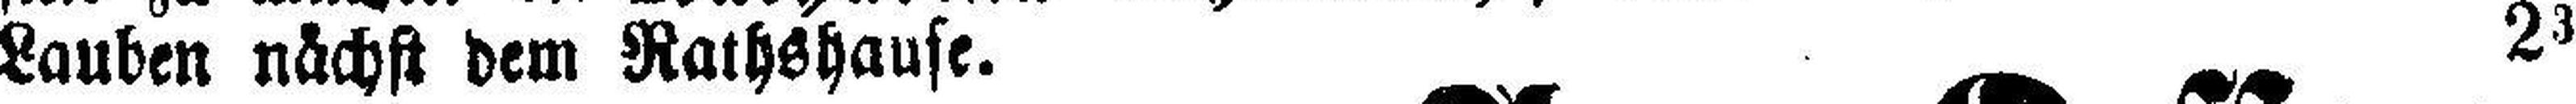
Lauben nächst dem Rathshause. 23